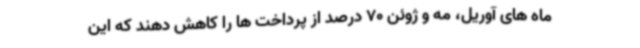
ماه های آوریل، مه و ژوئن 70 درصد از پرداخت ها را کاهش دهند که این